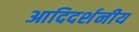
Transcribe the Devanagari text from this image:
आदिदर्शनीय